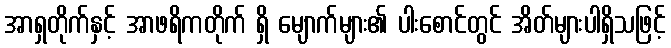
အာရှတိုက်နှင့် အာဖရိကတိုက် ရှိ မျောက်များ၏ ပါးစောင်တွင် အိတ်များပါရှိသဖြင့်